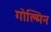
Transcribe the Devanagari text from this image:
गोल्मिन